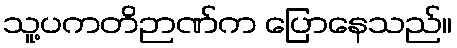
သူ့ပကတိဉာဏ်က ပြောနေသည်။